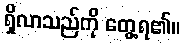
ရှိလာသည်ကို တွေ့ရ၏။